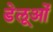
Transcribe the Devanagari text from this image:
डेलूओं